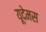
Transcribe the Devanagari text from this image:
यूदेमस